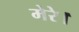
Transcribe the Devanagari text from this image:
मेरे।